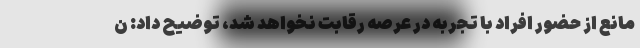
مانع از حضور افراد با تجربه در عرصه رقابت نخواهد شد، توضیح داد: ن